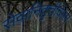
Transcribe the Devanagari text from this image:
सेवानिवृत्तीवेतन